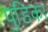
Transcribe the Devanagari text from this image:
पुडिका